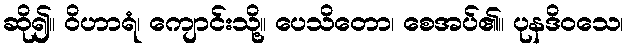
ဆို၍။ ဝိဟာရံ၊ ကျောင်းသို့။ ပေသိတော၊ စေအပ်၏။ ပုနဒိဝသေ၊